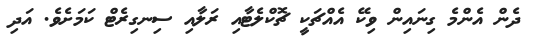
ދެން އެންމެ ގިނައިން ވިކޭ އެއްޗަކީ ޗޮކްލެޓާއި ރަލާއި ސިނގިރެޓް ކަމަށެވެ. އަދި